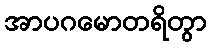
အာပဂမောတရိတွာ